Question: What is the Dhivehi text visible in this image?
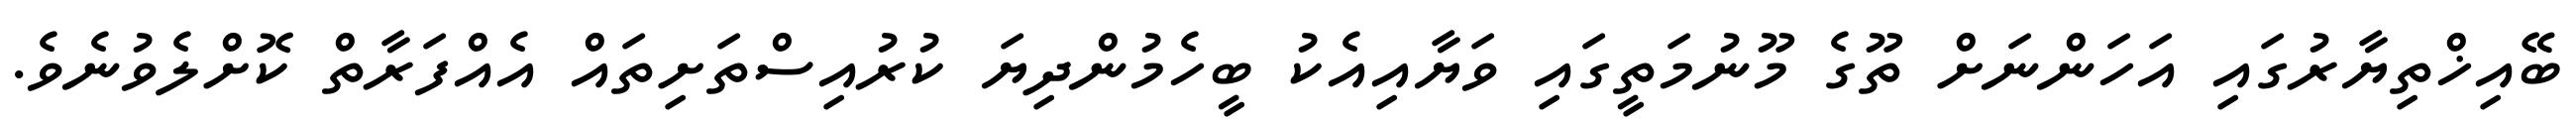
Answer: ބޭއިޚްތިޔާރުގައި އަހަންނަށް ތޫގެ މޫނުމަތީގައި ވަޔާއިއެކު ބީހެމުންދިޔަ ކުރުއިސްތަށިތައް އެއްފަރާތް ކޮށްލެވުނެވެ.